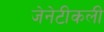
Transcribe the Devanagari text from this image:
जेनेटीकली